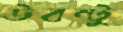
উবন্টু